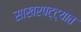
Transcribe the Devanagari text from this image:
साखरपट्ट्यात